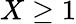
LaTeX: X\ge 1